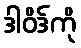
ဒါဝိဒ်ကို